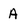
Character: A